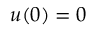
u ( 0 ) = 0